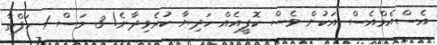
އެސްއެމްއެސް އަކުން ވެސް ކޮފީއެއް ހަދިޔާ ކުރެވިދާނެ! 3 މަސް 1 ހަފްތާ